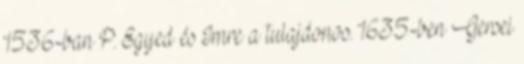
1536-ban P. Egyed és Imre a tulajdonos. 1635-ben Gersei